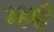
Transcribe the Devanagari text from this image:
म्हषी